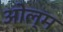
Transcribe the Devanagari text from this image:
ओल्म